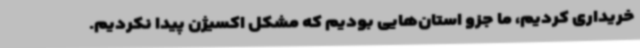
خریداری کردیم، ما جزو استان‌هایی بودیم که مشکل اکسیژن پیدا نکردیم.